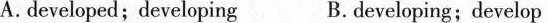
A.developed; developing B.developing;develop